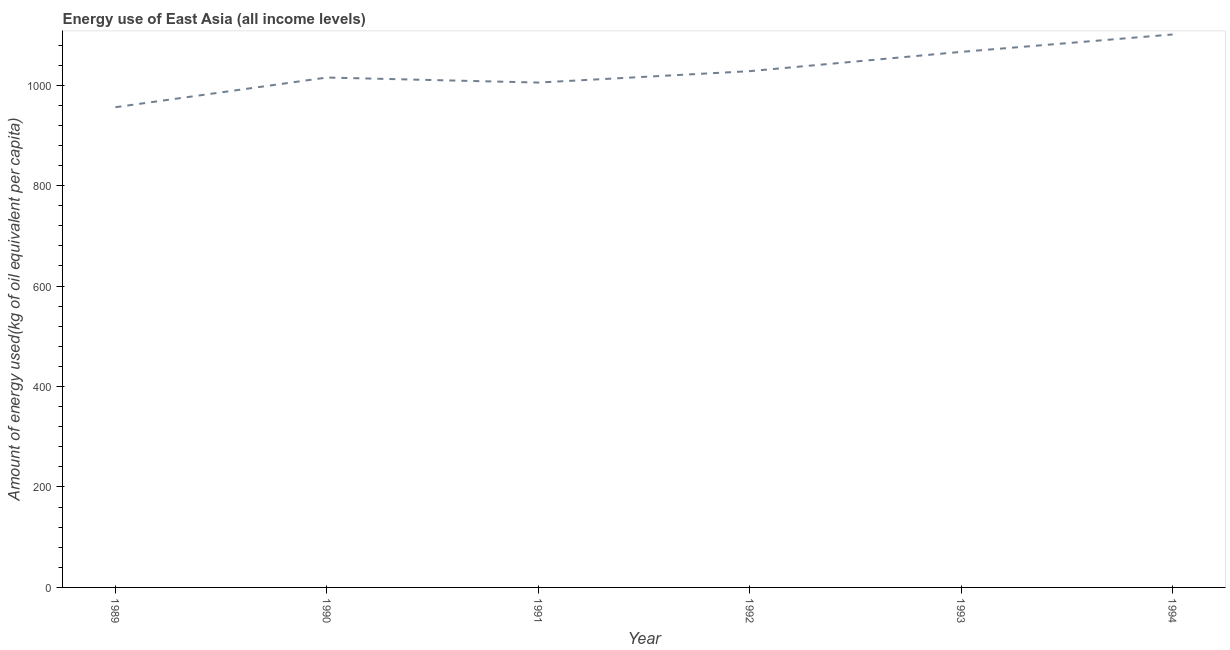
| Year | Energy use  |
 | --- | --- |
 | 1989 | 956 |
 | 1990 | 1.02e+03 |
 | 1991 | 1.01e+03 |
 | 1992 | 1.03e+03 |
 | 1993 | 1.07e+03 |
 | 1994 | 1.1e+03 |